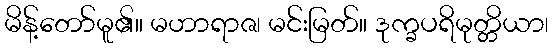
မိန့်တော်မူ၏။ မဟာရာဇ၊ မင်းမြတ်။ ဒုက္ခပရိမုတ္တိယာ၊